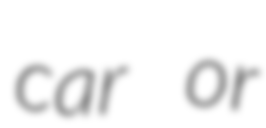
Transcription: car or